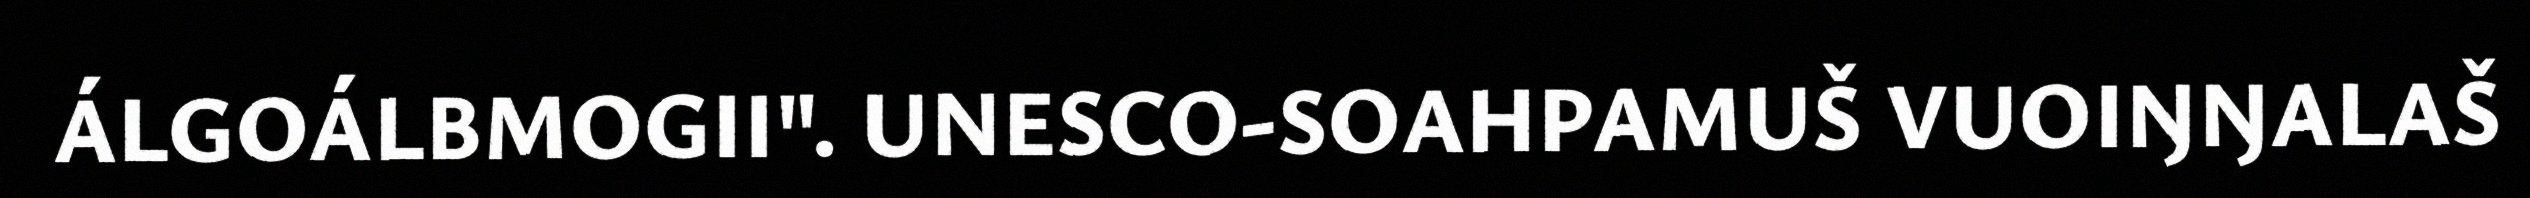
ÁLGOÁLBMOGII". UNESCO-SOAHPAMUŠ VUOIŊŊALAŠ